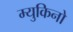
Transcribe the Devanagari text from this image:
म्युकिनो